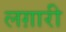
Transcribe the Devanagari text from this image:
लग़ारी